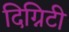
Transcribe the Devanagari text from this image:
दिग्निटी